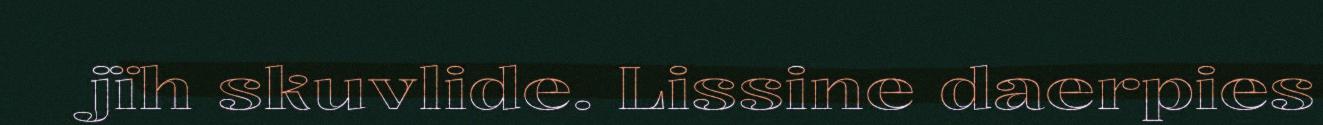
jïh skuvlide. Lissine daerpies